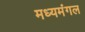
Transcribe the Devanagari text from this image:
मध्यमंगल